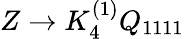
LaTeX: Z\to K_{4}^{(1)}Q_{1111}